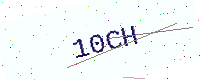
Text: 10CH